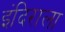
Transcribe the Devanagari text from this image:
इंदिराला